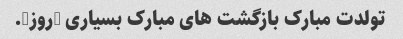
تولدت مبارک بازگشت های مبارک بسیاری (روز).